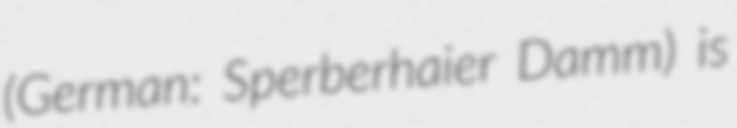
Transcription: (German: Sperberhaier Damm) is